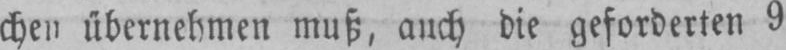
chen übernehmen muß, auch die geforderten 9